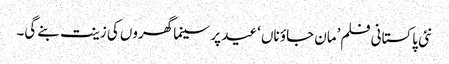
نئی پاکستانی فلم’مان جاؤ ناں ‘عید پر سینما گھروں کی زینت بنے گی۔